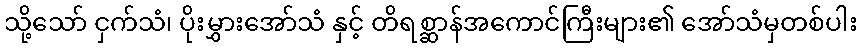
သို့သော် ငှက်သံ၊ ပိုးမွှားအော်သံ နှင့် တိရစ္ဆာန်အကောင်ကြီးများ၏ အော်သံမှတစ်ပါး